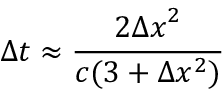
\Delta t \approx \frac { 2 { \Delta x } ^ { 2 } } { c ( 3 + \Delta x ^ { 2 } ) }